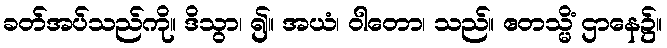
ခတ်အပ်သည်ကို။ ဒိသွာ၊ ၍။ အယံ၊ ဝါတော၊ သည်။ ဧတသ္မိံ ဌာနေ၌။